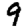
Digit: 9